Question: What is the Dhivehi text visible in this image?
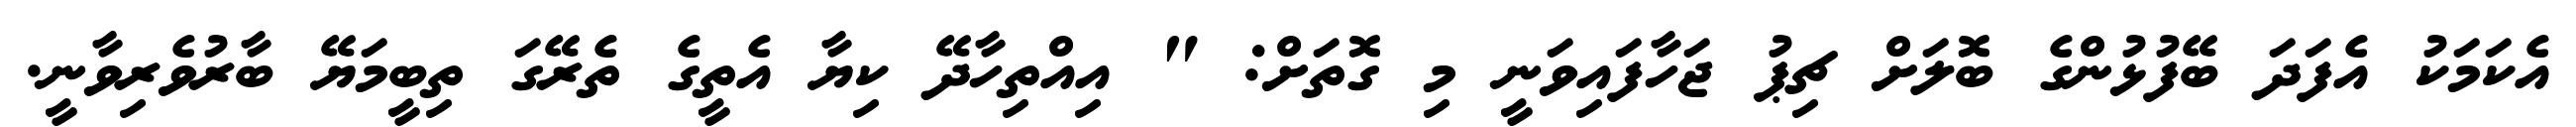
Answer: އެކަމަކު އެފަދަ ބޭފުޅުންގެ ބޮލަށް ޗިޕު ޖަހާފައިވަނީ މި ގޮތަށް: " އިއްތިހާދޭ ކިޔާ އެތީގެ ތެރޭގަ ތިބީމަޔޭ ބާރުވެރިވާނީ.